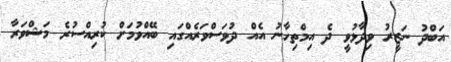
އަބްދު ނަޒީރު ވިދާޅުވީ ދެ އިމްތިހާނު އެއް ދުވަސްވަރެއްގައި ބޭއްވުމަށް ކުރިއްސުރެ މަޝްވަރާ